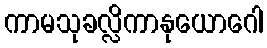
ကာမသုခလ္လိကာနုယောဂေါ